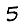
Digit: 5